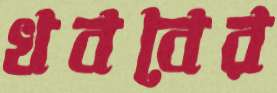
খববের